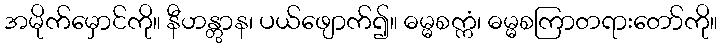
အမိုက်မှောင်ကို။ နီဟန္တွာန၊ ပယ်ဖျောက်၍။ ဓမ္မစက္ကံ၊ ဓမ္မစကြာတရားတော်ကို။